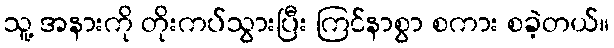
သူ့ အနားကို တိုးကပ်သွားပြီး ကြင်နာစွာ စကား စခဲ့တယ်။